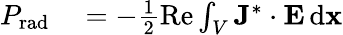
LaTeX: \begin{array}{rl}{P_{\mathrm{rad}}}&{{}=-\frac{1}{2}\operatorname{Re}\int_{V}\mathbf{J}^{*}\cdot\mathbf{E}\, \mathrm{d}\mathbf{x}}\end{array}